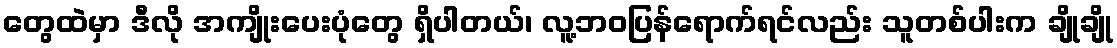
တွေထဲမှာ ဒီလို အကျိုးပေးပုံတွေ ရှိပါတယ်၊ လူ့ဘဝပြန်ရောက်ရင်လည်း သူတစ်ပါးက ချိုချို